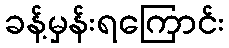
ခန့်မှန်းရကြောင်း